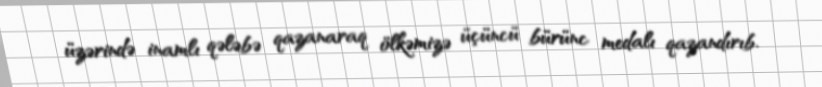
üzərində inamlı qələbə qazanaraq ölkəmizə üçüncü bürünc medalı qazandırıb.